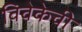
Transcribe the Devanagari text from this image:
विवेकेची